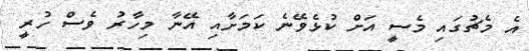
އެ މެޗުގައި މެސީ އަށް ކުޅެވޭނެ ކަމަށާއި އޭނާ މިހާރު ވެސް ހުރީ